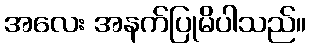
အလေး အနက်ပြုမိပါသည်။